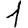
Digit: 1